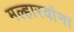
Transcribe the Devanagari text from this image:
मल्हारवांना